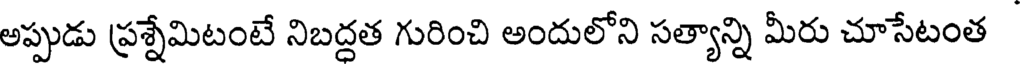
అప్పుడు ప్రశ్నేమిటంటే నిబద్దత గురించి అందులోని సత్యాన్ని మీరు చూసేటంత